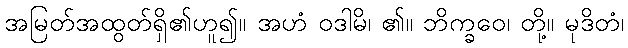
အမြတ်အထွတ်ရှိ၏ဟူ၍။ အဟံ ဝဒါမိ၊ ၏။ ဘိက္ခဝေ၊ တို့။ မုဒိတံ၊